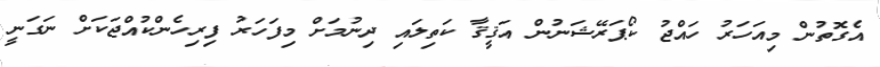
އެގޮތުން މިއަހަރު ހައްޖު ކޯޕަރޭޝަނުން އަޤީޤާ ކަތިލައި ދިނުމަށް މިފަހަރު ފިރިހެންކުއްޖަކަށް ނަގަނީ